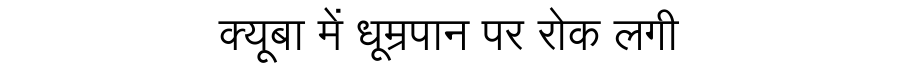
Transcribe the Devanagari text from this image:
क्यूबा में धूम्रपान पर रोक लगी